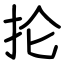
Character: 抡